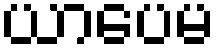
ယာပေမ